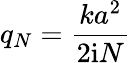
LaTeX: q_{N}=\frac{ka^{2}}{2\mathrm{i}N}